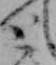
と